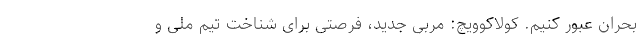
بحران عبور کنیم. کولاکوویچ: مربی جدید، فرصتی برای شناخت تیم ملی و